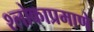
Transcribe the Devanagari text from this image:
श्लोकाप्रमाणे